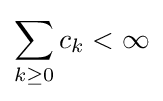
\sum _{k\geq 0}c_{k}<\infty